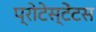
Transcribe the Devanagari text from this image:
प्रोटेस्टेंटस